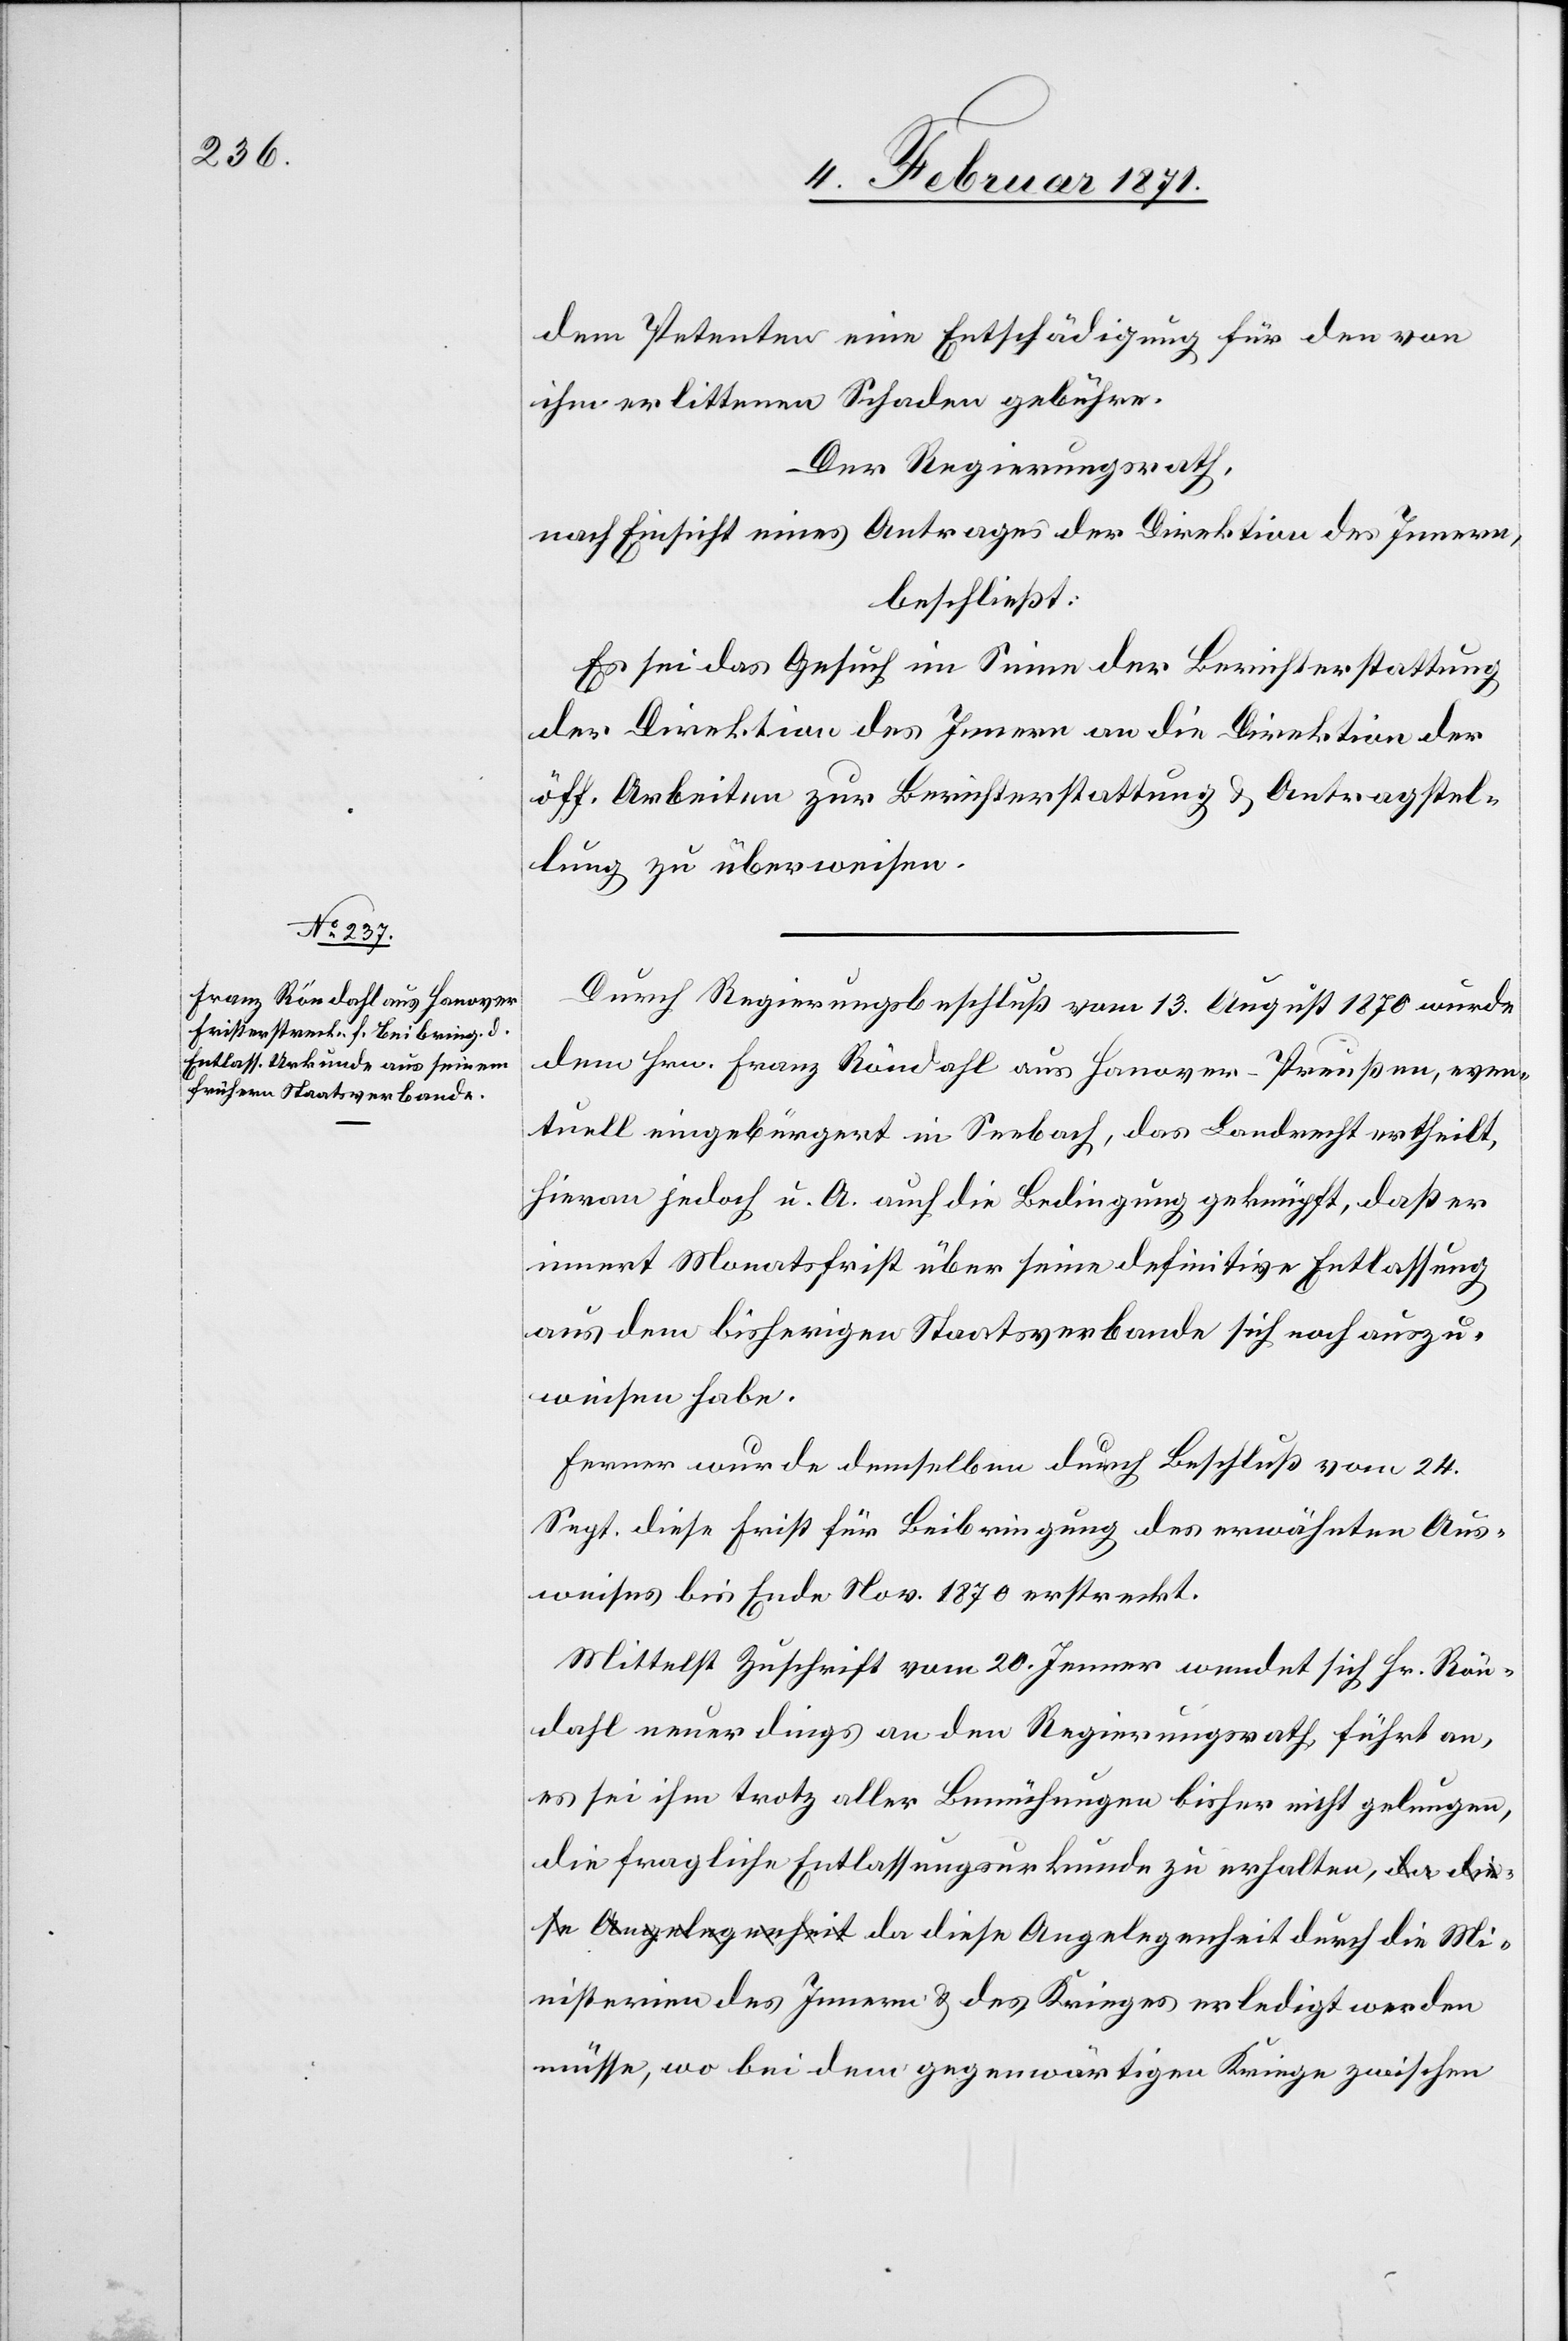
dem Petenten eine Entschädigung für den von
ihm erlittenen Schaden gebühre.
Der Regierungsrath,
nach Einsicht eines Antrages der Direktion des Innern
beschließt:
Es sei das Gesuch im Sinne der Berichterstattung
der Direktion des Innern an die Direktion der
öff. Arbeiten zur Berichterstattung u. Antragstel¬
lung zu überweisen.
Durch Regierungsbeschluß vom 13. August 1870 wurde
dem Hrn. Franz Röndahl aus Hanover-Preußen, even¬
tuell eingebürgert in Seebach, das Landrecht ertheilt,
hieran jedoch u. A. auch die Bedingung geknüpft, daß er
innert Monatsfrist über seine definitive Entlassung
aus dem bisherigen Staatsverbande sich noch auszu¬
weisen habe.
Ferner wurde demselben durch Beschluß vom 24.
Sept. diese Frist für Beibringung des erwähnten Aus¬
weises bis Ende Nov. 1870 erstreckt.
Mittelst Zuschrift vom 20. Jenner wendet sich Hr. Rön¬
dahl neuerdings an den Regierungsrath führt an,
es sei ihm trotz aller Bemühungen bisher nicht gelungen,
die fragliche Entlassungsurkunde zu erhalten, da diese
Ministerien des Innern u. des Krieges erledigt werden
müsse, wo bei dem gegenwärtigen Kriege zwischen